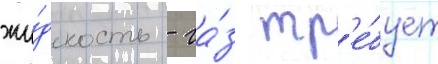
жи́дкость - га́з тр'е́бует